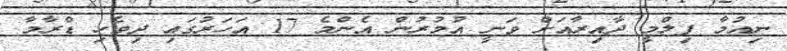
ނިއުމާ ފިލްމީ ދާއިރާއަށް ވަނީ އުމުރުން އެންމެ 17 އަހަރުގައި ދިވެހި ޑްރާމާ